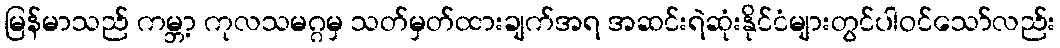
မြန်မာသည် ကမ္ဘာ့ ကုလသမဂ္ဂမှ သတ်မှတ်ထားချက်အရ အဆင်းရဲဆုံးနိုင်ငံများတွင်ပါဝင်သော်လည်း